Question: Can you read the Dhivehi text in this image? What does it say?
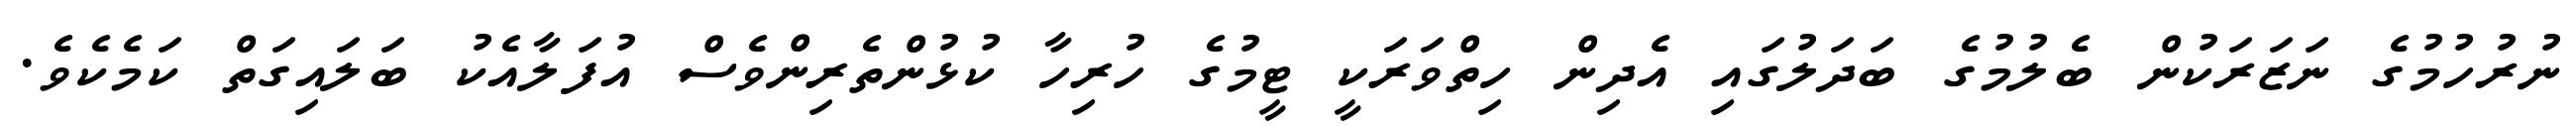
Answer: ނުރުހުމުގެ ނަޒަރަކުން ބެލުމުގެ ބަދަލުގައި އެދިން ހިތްވަރަކީ ޓީމުގެ ހުރިހާ ކުޅުންތެރިންވެސް އުފަލާއެކު ބަލައިގަތް ކަމެކެވެ.